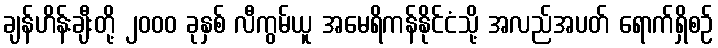
ချန်ဟိန်းချီးတို့ ၂၀၀၀ ခုနှစ် လီကွမ်ယူ အမေရိကန်နိုင်ငံသို့ အလည်အပတ် ရောက်ရှိစဉ်